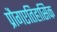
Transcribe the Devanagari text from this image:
प्रौगएतिहासिक